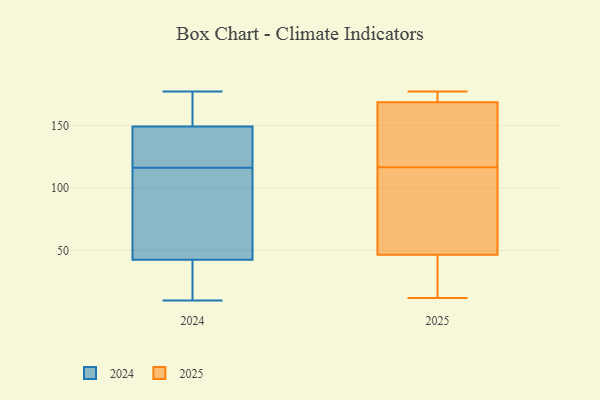
{"axis": {"x": "Page Views", "y": "Value"}, "legend": ["2024", "2025"], "data": [{"x": "", "y": 95, "type": "2024"}, {"x": "", "y": 10, "type": "2024"}, {"x": "", "y": 42, "type": "2024"}, {"x": "", "y": 157, "type": "2024"}, {"x": "", "y": 144, "type": "2024"}, {"x": "", "y": 30, "type": "2024"}, {"x": "", "y": 43, "type": "2024"}, {"x": "", "y": 101, "type": "2024"}, {"x": "", "y": 177, "type": "2024"}, {"x": "", "y": 154, "type": "2024"}, {"x": "", "y": 137, "type": "2024"}, {"x": "", "y": 131, "type": "2024"}, {"x": "", "y": 74, "type": "2025"}, {"x": "", "y": 19, "type": "2025"}, {"x": "", "y": 170, "type": "2025"}, {"x": "", "y": 177, "type": "2025"}, {"x": "", "y": 176, "type": "2025"}, {"x": "", "y": 96, "type": "2025"}, {"x": "", "y": 167, "type": "2025"}, {"x": "", "y": 12, "type": "2025"}, {"x": "", "y": 14, "type": "2025"}, {"x": "", "y": 167, "type": "2025"}, {"x": "", "y": 103, "type": "2025"}, {"x": "", "y": 130, "type": "2025"}]}